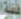
ليلة